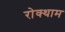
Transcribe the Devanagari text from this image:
रोक्थाम